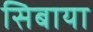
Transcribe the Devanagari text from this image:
सिबाया